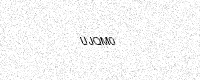
Text: UJQM0